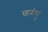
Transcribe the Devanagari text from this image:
करंगु